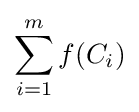
\sum _{i=1}^{m}f(C_{i})